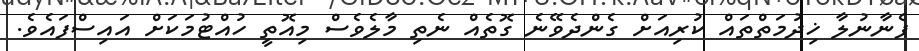
ފެނާނުލާ ޚިދުމަތްތައް ކުރިއަށް ގެންދެވޭނެ ގޮތެއް ނެތި މާލެވެސް މިއޮތީ ހުއްޓުމަކަށް އައިސްފައެވެ.